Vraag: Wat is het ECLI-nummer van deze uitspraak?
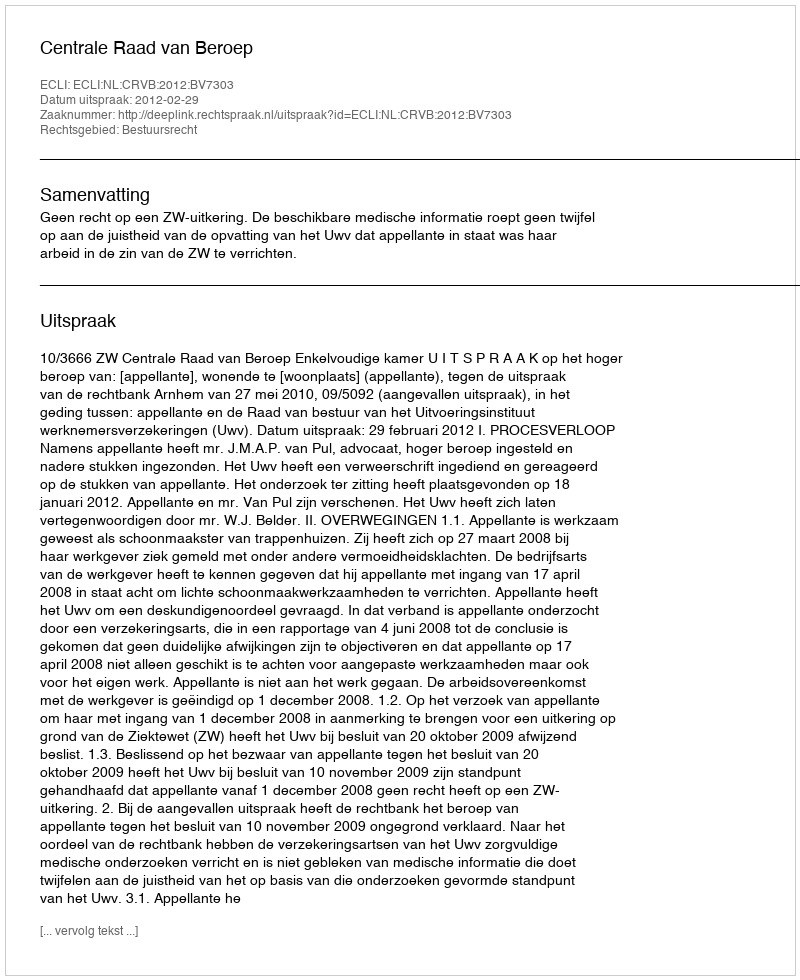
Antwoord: ECLI:NL:CRVB:2012:BV7303